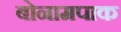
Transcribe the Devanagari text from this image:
बोनामपाक